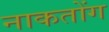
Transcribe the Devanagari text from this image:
नाकतोंग